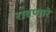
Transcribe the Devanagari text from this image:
रावणारे